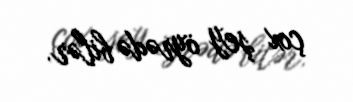
çox şey öyrədə bilər.